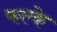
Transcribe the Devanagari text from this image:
फल्के